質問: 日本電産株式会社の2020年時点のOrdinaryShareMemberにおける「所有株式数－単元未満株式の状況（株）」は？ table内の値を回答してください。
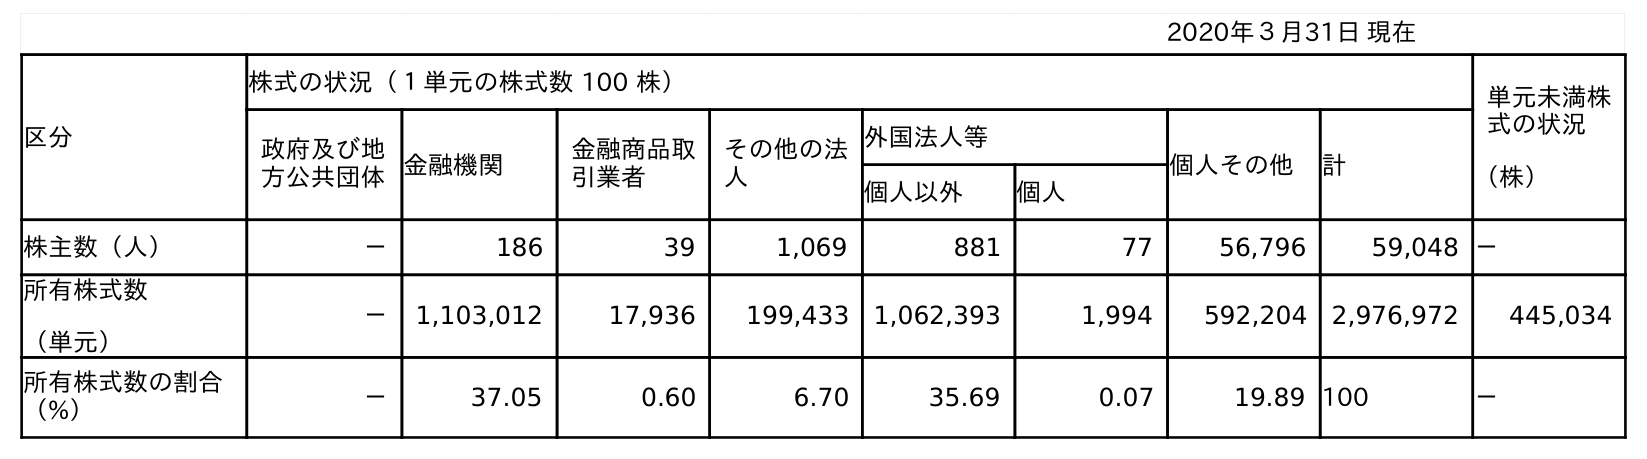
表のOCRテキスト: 2020年３月31日 現在 区分 株式の状況（１単元の株式数 100 株） 単元未満株 式の状況 （株） 政府及び地 方公共団体金融機関 金融商品取 引業者 その他の法 人 外国法人等 個人その他 計 個人以外 個人 株主数（人） － 186 39 1,069 881 77 56,796 59,048 － 所有株式数 （単元） － 1,103,012 17,936 199,433 1,062,393 1,994 592,204 2,976,972 445,034 所有株式数の割合 （%） － 37.05 0.60 6.70 35.69 0.07 19.89 100 －
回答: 445,034